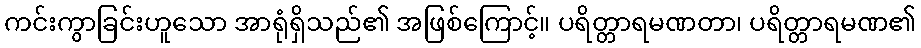
ကင်းကွာခြင်းဟူသော အာရုံရှိသည်၏ အဖြစ်ကြောင့်။ ပရိတ္တာရမဏတာ၊ ပရိတ္တာရမဏ၏